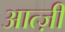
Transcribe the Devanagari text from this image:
आत्ज़ी